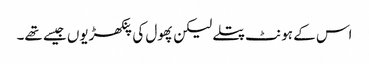
اس کے ہونٹ پتلے لیکن پھول کی پنکھڑیوں جیسے تھے۔